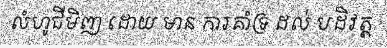
លំហូជីមិញ ដោយ មាន ការគាំទ្រ ដល់ បដិវត្ត